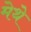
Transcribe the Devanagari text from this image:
मेथे